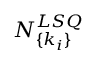
N _ { \{ k _ { i } \} } ^ { L S Q }